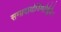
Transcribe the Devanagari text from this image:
सम्प्रदायोज्भितैर्बुधैः।